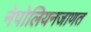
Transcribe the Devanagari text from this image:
नेपोलियनजाणत